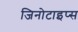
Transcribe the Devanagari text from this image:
जिनोटाइप्स